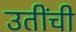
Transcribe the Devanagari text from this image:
उतींची